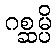
ဂစ္ဆမ္ပိ